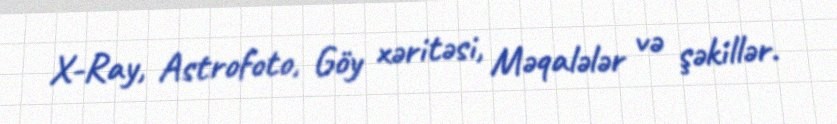
X-Ray, Astrofoto, Göy xəritəsi, Məqalələr və şəkillər.